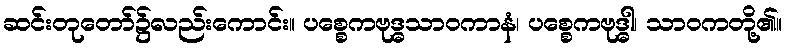
ဆင်းတုတော်၌လည်းကောင်း။ ပစ္စေကဗုဒ္ဓသာဝကာနံ၊ ပစ္စေကဗုဒ္ဓါ၊ သာဝကတို့၏။